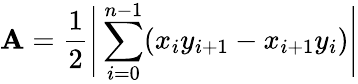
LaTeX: \mathbf{A}={\frac{{1}}{{2}}}{\Biggl\vert}\sum_{i=0}^{n-1}(x_{i}y_{i+1}-x_{i+1}y_{i}){\Biggr\vert}